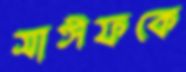
সাঈফকে